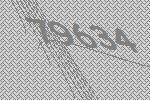
79634